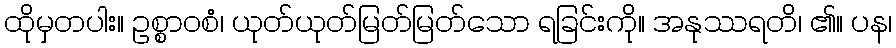
ထိုမှတပါး။ ဥစ္စာဝစံ၊ ယုတ်ယုတ်မြတ်မြတ်သော ရခြင်းကို။ အနုဿရတိ၊ ၏။ ပန၊